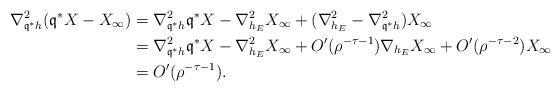
LaTeX: \begin{align*}\nabla_{\mathfrak{q}^*h}^2(\mathfrak{q}^*X-X_\infty)&=\nabla_{\mathfrak{q}^*h}^2\mathfrak{q}^*X-\nabla_{h_E}^2X_\infty+(\nabla_{h_E}^2-\nabla_{\mathfrak{q}^*h}^2)X_\infty\\&=\nabla_{\mathfrak{q}^*h}^2\mathfrak{q}^*X-\nabla_{h_E}^2X_\infty+O'(\rho^{-\tau-1})\nabla_{h_E}X_\infty+O'(\rho^{-\tau-2})X_\infty\\&=O'(\rho^{-\tau-1}).\end{align*}